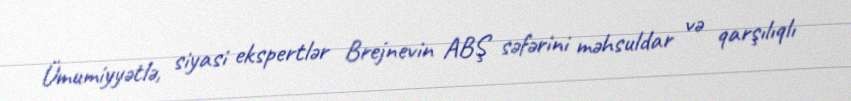
Ümumiyyətlə, siyasi ekspertlər Brejnevin ABŞ səfərini məhsuldar və qarşılıqlı